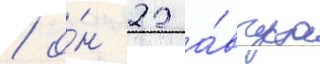
/ о́н 22 а́вгуста